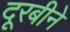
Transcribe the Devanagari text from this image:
दूरबीने